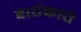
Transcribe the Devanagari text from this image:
बासंकारी